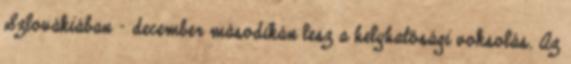
Szlovákiában - december másodikán lesz a helyhatósági voksolás. Az